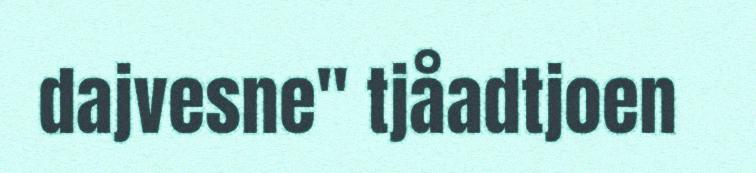
dajvesne" tjåadtjoen